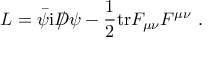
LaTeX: { \cal L } = \bar { \psi } \mathrm { i } D \! \! \! \! / \, \psi - \frac { 1 } { 2 } \mathrm { t r } F _ { \mu \nu } F ^ { \mu \nu } \ .